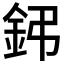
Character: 鈟